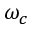
\omega _ { c }